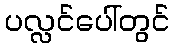
ပလ္လင်ပေါ်တွင်